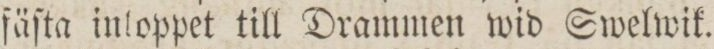
ſäſta inloppet till Drammen wid Swelwik.